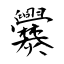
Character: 爨